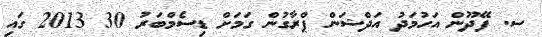
ސ. ފޭދޫން އަހުމަދު އަދްޝަން ޕްރާގުން ގަމަށް ޑިސެމްބަރު 30 2013 ގައި